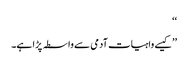
‘‘
’’کیسے واہیات آدمی سے واسطہ پڑا ہے۔